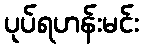
ပုပ်ရဟန်းမင်း